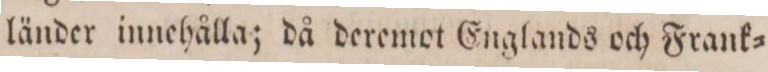
länder innehålla; då deremot Englands och Frank=